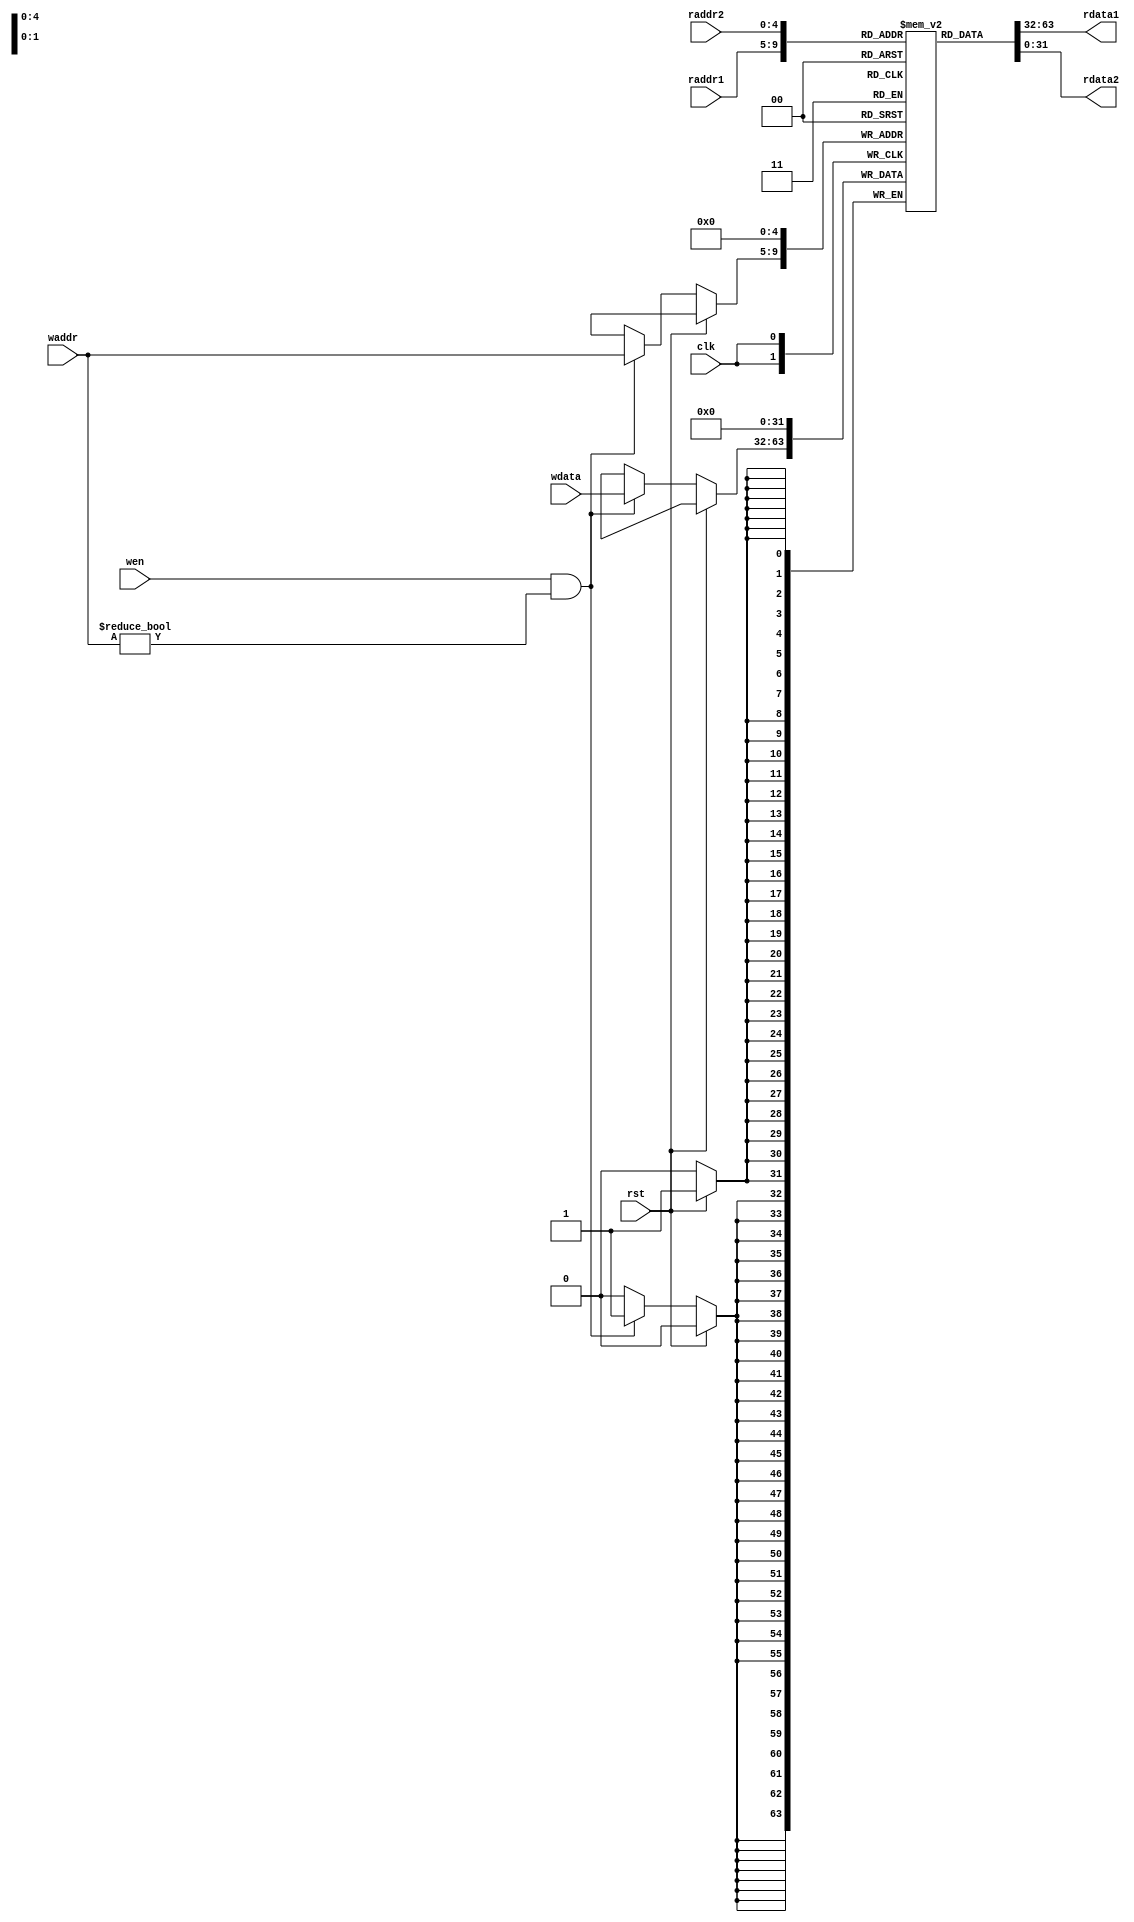
`timescale 10 ns / 1 ns

`define DATA_WIDTH 32
`define ADDR_WIDTH 5

module reg_file(
	input clk,
	input rst,
	input [`ADDR_WIDTH - 1:0] waddr,
	input [`ADDR_WIDTH - 1:0] raddr1,
	input [`ADDR_WIDTH - 1:0] raddr2,
	input wen,
	input [`DATA_WIDTH - 1:0] wdata,
	output [`DATA_WIDTH - 1:0] rdata1,
	output [`DATA_WIDTH - 1:0] rdata2
);

	reg [`DATA_WIDTH-1:0] rf[`DATA_WIDTH - 1:0];
	assign rdata1=rf[raddr1];
	assign rdata2=rf[raddr2];
	always@(posedge clk)
	begin
	  	if(rst)
	  	begin
	  		rf[0]<=0;
		end
		else 
		begin
			if(wen==1&&waddr!=0)
			begin
				rf[waddr]<=wdata;
			end
		end
	end

endmodule